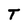
Character: T